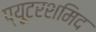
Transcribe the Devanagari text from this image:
प्यूटरशमिद